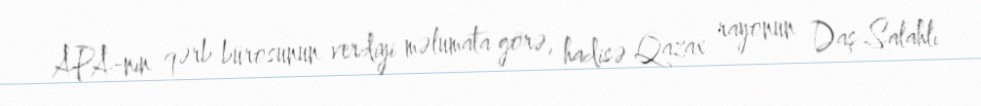
APA-nın qərb bürosunun verdiyi məlumata görə, hadisə Qazax rayonun Daş Salahlı